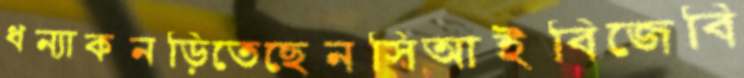
ধন্যাকনড়িতেছেনসিআইবিজেবি